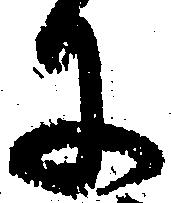
に